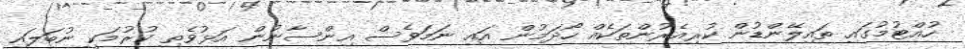
ހުއްޓުމުގައި ތައިލޭންޑުން ކުރިއެރުންތަކެއް ހޯދަމުން އައި ނަމަވެސް އިންސާނުން އަޅުވެތި ކުރުމަކީ ނުބަލައި